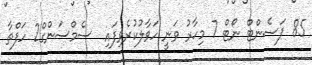
85 ޕަސެންޓް ނޯޓް 7 މިހާރު ވަނީ ހަވާލުކުރެވިފައި  ސެމްސަންގް2 ހަފްތާ